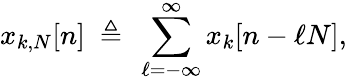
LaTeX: x_{k,N}[n]\ \triangleq\ \sum_{\ell=-\infty}^{\infty}x_{k}[n-\ell N],